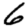
Digit: 6